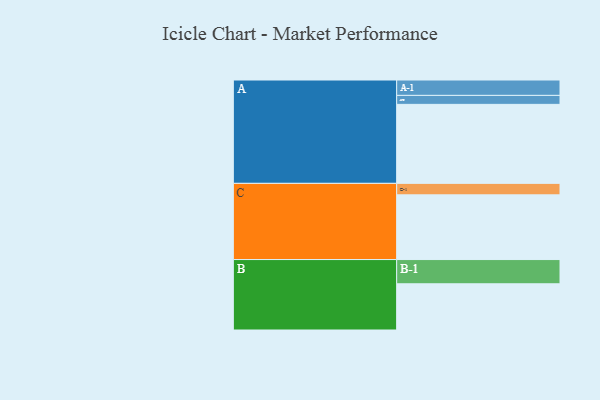
{"axis": {"x": "Segment", "y": "Value"}, "legend": ["", "A", "B", "C"], "data": [{"x": "A", "y": 564, "type": ""}, {"x": "B", "y": 330, "type": ""}, {"x": "C", "y": 462, "type": ""}, {"x": "A-1", "y": 110, "type": "A"}, {"x": "A-2", "y": 64, "type": "A"}, {"x": "B-1", "y": 173, "type": "B"}, {"x": "C-1", "y": 82, "type": "C"}]}